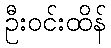
ဦးဝင်းထိန်